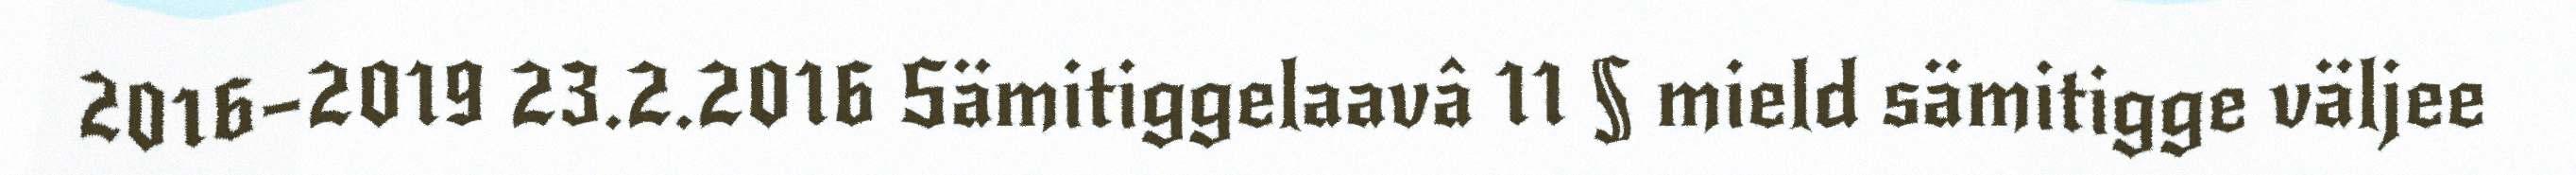
2016–2019 23.2.2016 Sämitiggelaavâ 11 § mield sämitigge väljee